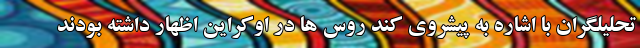
تحلیلگران با اشاره به پیشروی کند روس ها در اوکراین اظهار داشته بودند